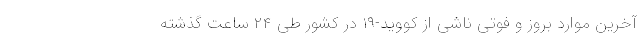
آخرین موارد بروز و فوتی ناشی از کووید-۱۹ در کشور طی ۲۴ ساعت گذشته